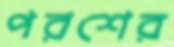
পরশের